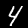
Digit: 4